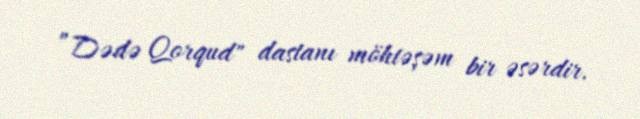
”Dədə Qorqud" dastanı möhtəşəm bir əsərdir.